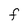
Character: F